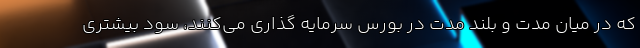
که در میان مدت و بلند مدت در بورس سرمایه گذاری می‌کنند، سود بیشتری